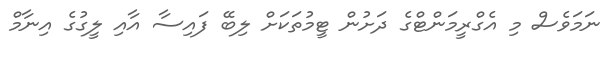
ނަމަވެސް މި އެގްރީމަންޓްގެ ދަށުން ޓީމުތަކަށް ލިބޭ ފައިސާ އާއި ލީގުގެ އިނާމް